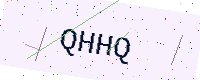
Text: QHHQ